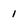
Character: 1